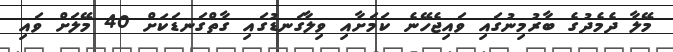
މޭލާ ދެމެދުގެ ބާރުމިނުގައި ވައިޖެހޭނެ ކަމަށާއި ވިލާގަނޑުގައި ގާތްގަނޑަކަށް 40 މޭލަށް ވައި